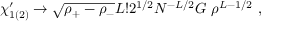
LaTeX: \chi _ { 1 ( 2 ) } ^ { \prime } \rightarrow \sqrt { \rho _ { + } - \rho _ { - } } L ! 2 ^ { 1 / 2 } N ^ { - L / 2 } G ~ \rho ^ { L - 1 / 2 } ~ ,